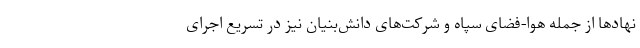
نهادها از جمله هوا-فضای سپاه و شرکت‌های دانش‌‌بنیان نیز در تسریع اجرای